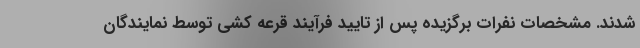
شدند. مشخصات نفرات برگزیده پس از تایید فرآیند قرعه کشی توسط نمایندگان